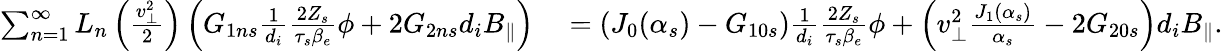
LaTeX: \begin{array}{rl}{\sum_{n=1}^{\infty}L_{n}\left(\frac{v_{\perp}^{2}}{2}\right)\left(G_{1ns}\frac{1}{d_{i}}\frac{2Z_{s}}{\tau_{s}\beta_{e}}\phi+2G_{2ns}d_{i}B_{\parallel}\right)}&{{}=\left(J_{0}(\alpha_{s})-G_{10s}\right)\frac{1}{d_{i}}\frac{2Z_{s}}{\tau_{s}\beta_{e}}\phi+\left(v_{\perp}^{2}\frac{J_{1}(\alpha_{s})}{\alpha_{s}}-2G_{20s}\right)d_{i}B_{\parallel}.}\end{array}